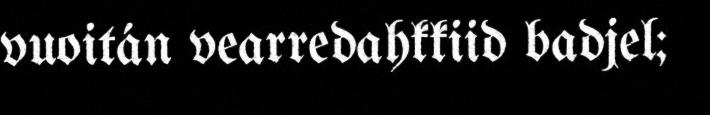
vuoitán vearredahkkiid badjel;